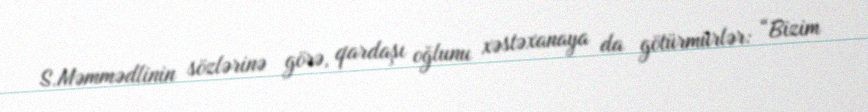
S.Məmmədlinin sözlərinə görə, qardaşı oğlunu xəstəxanaya da götürmürlər: “Bizim